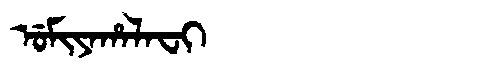
Manchu: ᡠᠮᡳᠶᠠᡥᠠᠯᠠᠸᡳ
Romanization: UMIYAHALAFI